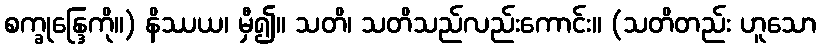
စက္ခုန္ဒြေကို။) နိဿယ၊ မှီ၍။ သတိ၊ သတိသည်လည်းကောင်း။ (သတိတည်း ဟူသော